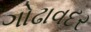
ગોઢાવદર